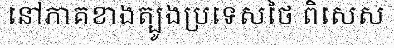
នៅភាគខាងត្បូងប្រទេសថៃ ពិសេស